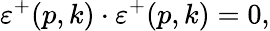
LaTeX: \varepsilon^{+}(p,k)\cdot\varepsilon^{+}(p,k)=0,